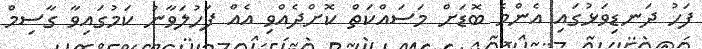
ފަހު ދަނޑިވަޅުގައި އެންމެ ބޮޑަށް މަސައްކަތް ކޮށްދެއްވި އެއް ފަހުލަވާނު ކަމުގައިވާ ގާސިމް